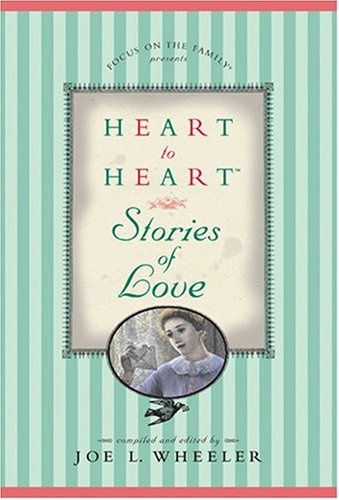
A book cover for Heart to Heart Stories of Love; Religion & Spirituality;